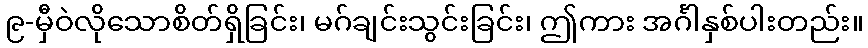
၉-မှီဝဲလိုသောစိတ်ရှိခြင်း၊ မဂ်ချင်းသွင်းခြင်း၊ ဤကား အင်္ဂါနှစ်ပါးတည်း။